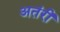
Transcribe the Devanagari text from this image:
अतंरीं